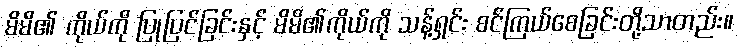
မိမိ၏ ကိုယ်ကို ပြုပြင်ခြင်းနှင့် မိမိ၏ကိုယ်ကို သန့်ရှင်း စင်ကြယ်စေခြင်းတို့သာတည်း။